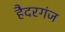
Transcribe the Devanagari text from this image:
हैदरगंज